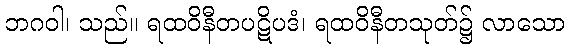
ဘဂဝါ၊ သည်။ ရထဝိနီတပဋိပဒံ၊ ရထဝိနီတသုတ်၌ လာသော